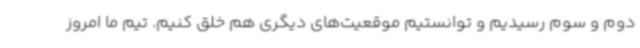
دوم و سوم رسیدیم و توانستیم موقعیت‌های دیگری هم خلق کنیم. تیم ما امروز